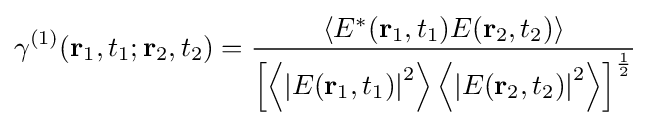
\gamma ^{(1)}(\mathbf {r} _{1},t_{1};\mathbf {r} _{2},t_{2})={\frac {\left\langle E^{*}(\mathbf {r} _{1},t_{1})E(\mathbf {r} _{2},t_{2})\right\rangle }{\left[\left\langle \left|E(\mathbf {r} _{1},t_{1})\right|^{2}\right\rangle \left\langle \left|E(\mathbf {r} _{2},t_{2})\right|^{2}\right\rangle \right]^{\frac {1}{2}}}}